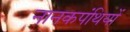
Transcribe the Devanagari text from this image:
नानकपंथियों